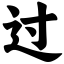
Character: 过